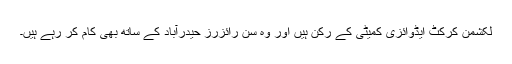
لکشمن کرکٹ ایڈوائزی کمیٹی کے رکن ہیں اور وہ سن رائزرز حیدرآباد کے ساتھ بھی کام کر رہے ہیں۔